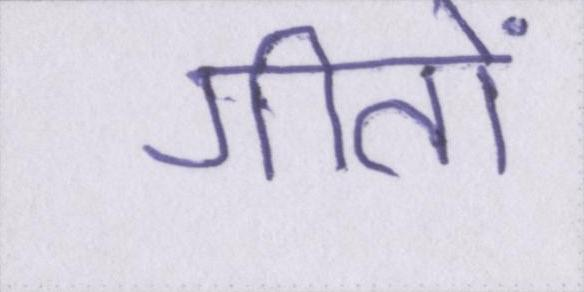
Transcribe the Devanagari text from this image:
गीतों